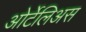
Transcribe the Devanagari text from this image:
ओर्टेलिअस